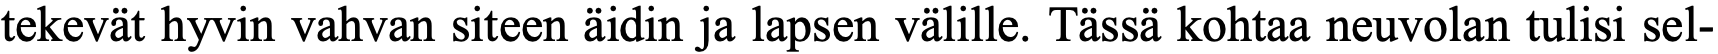
tekevät hyvin vahvan siteen äidin ja lapsen välille. Tässä kohtaa neuvolan tulisi sel-